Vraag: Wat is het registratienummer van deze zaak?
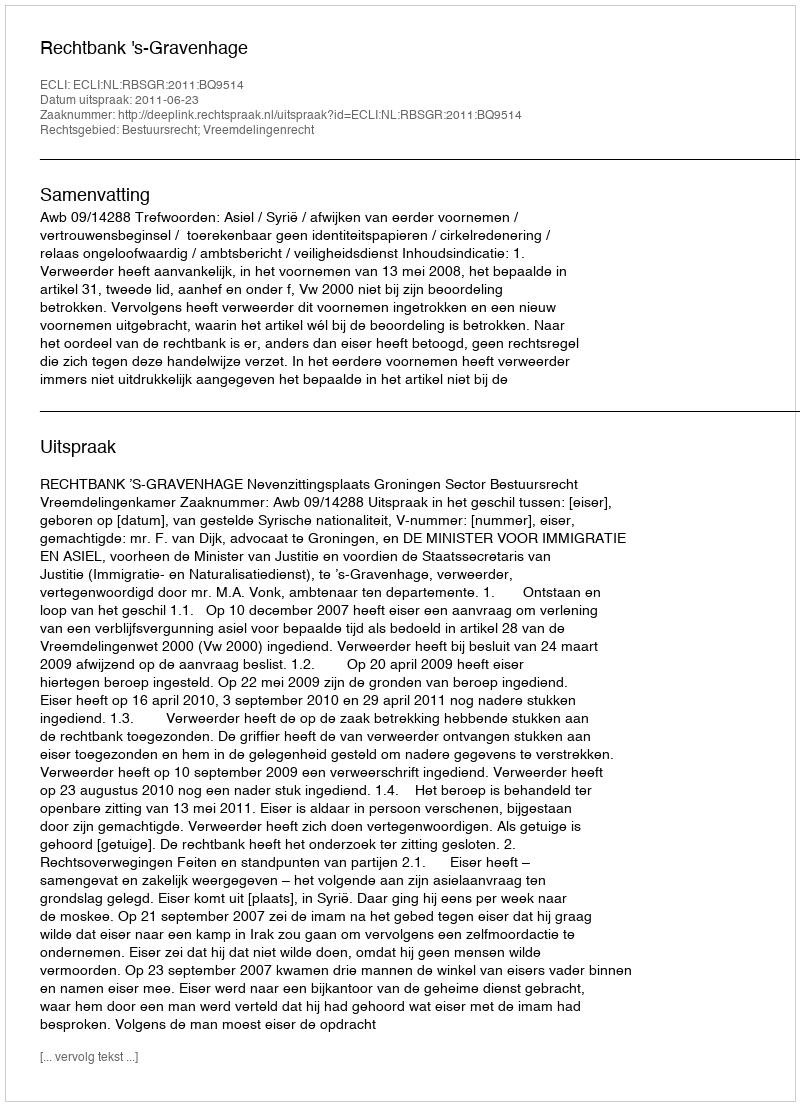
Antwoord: http://deeplink.rechtspraak.nl/uitspraak?id=ECLI:NL:RBSGR:2011:BQ9514